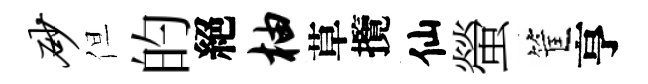
砂但的絕柚草攬仙螢筐亨